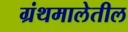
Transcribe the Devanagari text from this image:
ग्रंथमालेतील